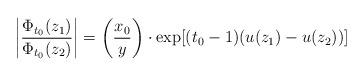
LaTeX: \begin{align*}\left|\frac{\Phi_{t_0}(z_1)}{\Phi_{t_0}(z_2)}\right|=\left(\frac{x_0}{y}\right)\cdot \exp[(t_0-1)(u(z_1)-u(z_2))]\end{align*}